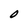
Character: O